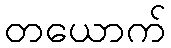
တယောက်